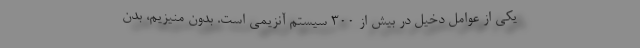
یکی از عوامل دخیل در بیش از 300 سیستم آنزیمی است. بدون منیزیم، بدن